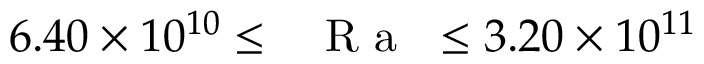
6 . 4 0 \times 1 0 ^ { 1 0 } \leq \mathrm { ~ \textit ~ { ~ R ~ a ~ } ~ } \leq 3 . 2 0 \times 1 0 ^ { 1 1 }